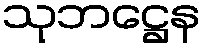
သုဘဋ္ဌေန